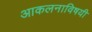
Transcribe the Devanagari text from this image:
आकलनाविषयी